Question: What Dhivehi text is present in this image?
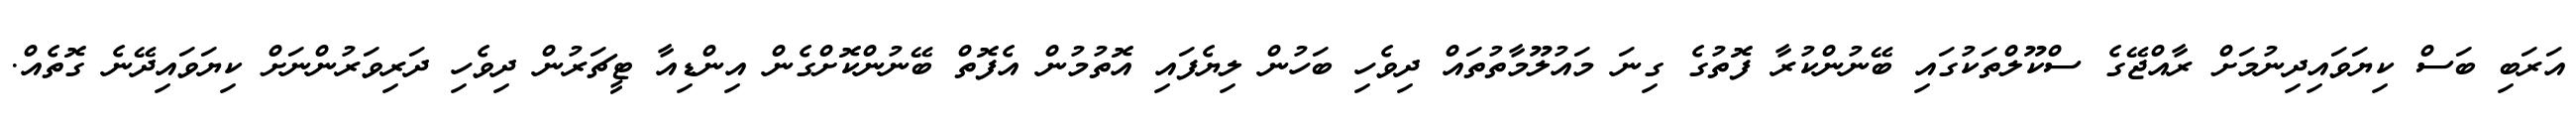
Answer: އަރަބި ބަސް ކިޔަވައިދިނުމަށް ރާއްޖޭގެ ސްކޫލްތަކުގައި ބޭނުންކުރާ ފޮތުގެ ގިނަ މައުލޫމާތުތައް ދިވެހި ބަހުން ލިޔެފައި އޮތުމުން އެފޮތް ބޭނުންކޮށްގެން އިންޑިއާ ޓީޗަރުން ދިވެހި ދަރިވަރުންނަށް ކިޔަވައިދޭނެ ގޮތެއް.